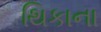
થિકાના